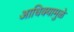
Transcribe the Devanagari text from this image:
आधिक्यामुळे